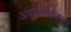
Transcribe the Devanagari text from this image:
अंबेजोगाईपासून